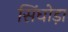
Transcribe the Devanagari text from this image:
सिंघोड़ा